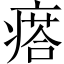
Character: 瘩